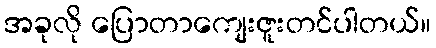
အခုလို ပြောတာကျေးဇူးတင်ပါတယ်။